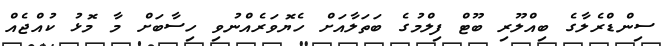
ސިންޑްރެލާގެ ބިއްލޫރި ބޫޓް ފިލްމުގެ ބަތަލާއަށް ހެޔޮވަރެއްނުވި ހިސާބަށް މާ މޮޅު ކުއްޖެއް